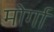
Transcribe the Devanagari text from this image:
मोर्गा